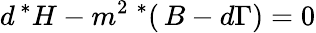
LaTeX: d\, ^{*}H-m^{2}\ ^{*}(\, B-d\Gamma)=0